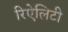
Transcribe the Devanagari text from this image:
रिऐलिटी